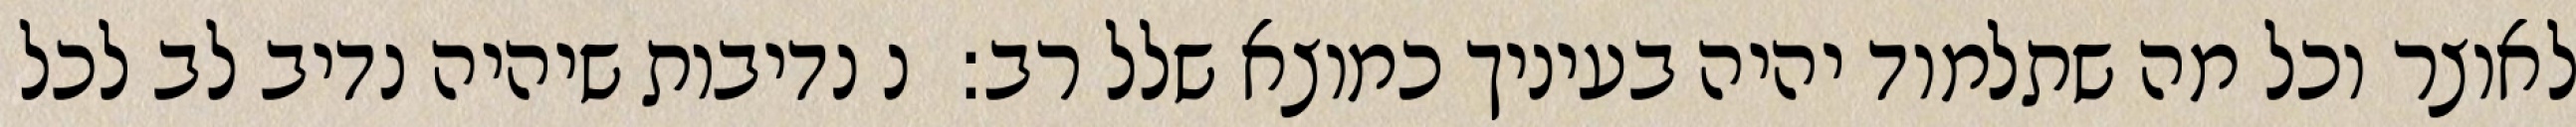
לאוצר וכל מה שתלמוד יהיה בעיניך כמוצא שלל רב:  נ נדיבות שיהיה נדיב לב לכל